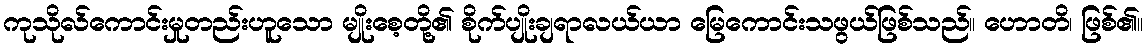
ကုသိုလ်ကောင်းမှုတည်းဟူသော မျိုးစေ့တို့၏ စိုက်ပျိုးချရာလယ်ယာ မြေကောင်းသဖွယ်ဖြစ်သည်။ ဟောတိ၊ ဖြစ်၏။